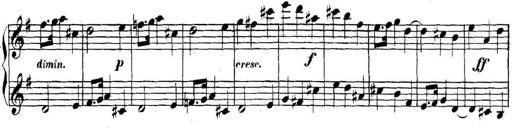
Title: Collected Piano Sonatas
Composer: Muzio Clementi